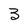
Character: 3